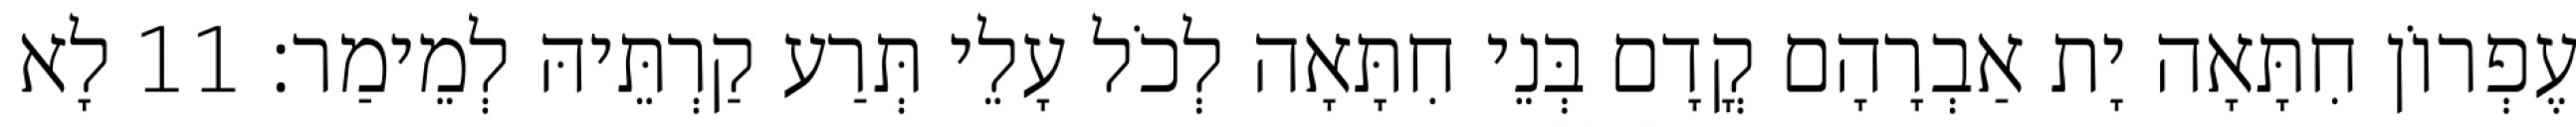
עֶפְרוֹן חִתָּאָה יָת אַבְרָהָם קֳדָם בְּנֵי חִתָּאָה לְכֹל עָלֵי תְּרַע קַרְתֵּיהּ לְמֵימַר׃ 11 לָא